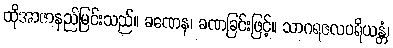
ထိုအာဇာနည်မြင်းသည်။ ခဏေန၊ ခဏခြင်းဖြင့်။ သာဂရဇလပရိယန္တံ၊